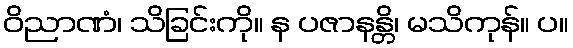
ဝိညာဏံ၊ သိခြင်းကို။ န ပဇာနန္တိ၊ မသိကုန်။ ပ။